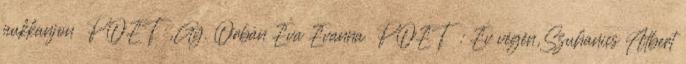
pukkanjon POET ,Gy. Orbán Éva Evanna POET : Év végén,Szuhanics Albert